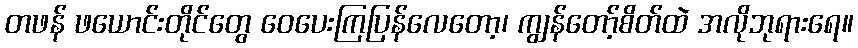
တဖန် ဖယောင်းတိုင်တွေ ဝေပေးကြပြန်လေတော့၊ ကျွန်တော့်စိတ်ထဲ အလိုဘုရားရေ။